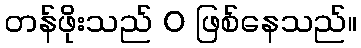
တန်ဖိုးသည် 0 ဖြစ်နေသည်။